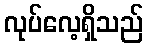
လုပ်လေ့ရှိသည်